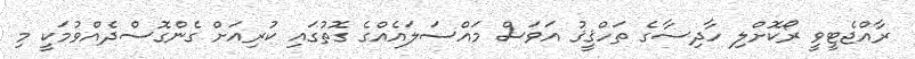
ރާއްޖެޓީވީ ރޯކޮށްލި ހާދިސާގެ ތަހްޤީޤު އަވަސް މައްސަލައެއްގެ ގޮތުގައި ކުރިއަށް ގެންގޮސްދެއްވުމަކީ މި